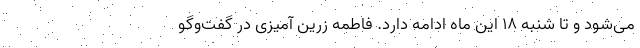
می‌شود و تا شنبه ۱۸ این ماه ادامه دارد. فاطمه زرین آمیزی در گفت‌وگو